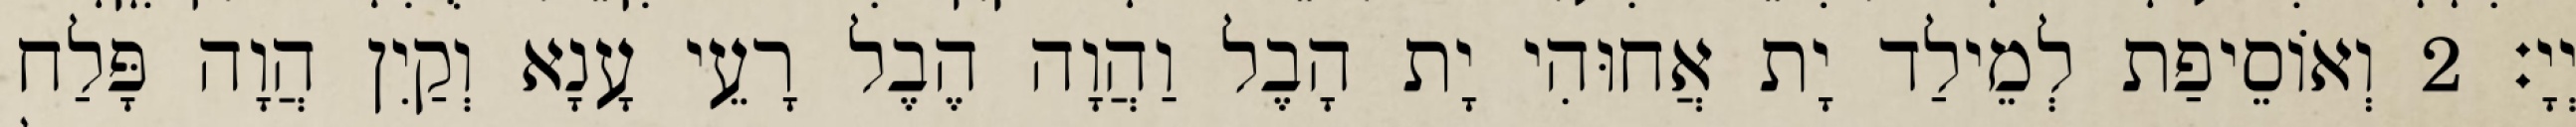
יְיָ׃ 2 וְאוֹסֵיפַת לְמֵילַד יָת אֲחוּהִי יָת הָבֶל וַהֲוָה הֶבֶל רָעֵי עָנָא וְקַיִן הֲוָה פָּלַח